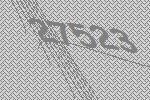
27523